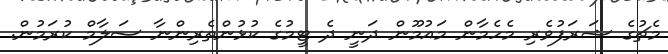
މެޗުގެ ޝަރަފުވެރި މެހެމާން މައުމޫން ދަނީ ދެ ޓީމުގެ ކުޅުންތެރިންނާ ސަލާމް ކުރަމުން.